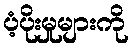
ပံ့ပိုးမှုများကို